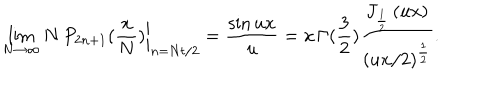
\lim _ { N \rightarrow \infty } \left. N \, P _ { 2 n + 1 } ( \frac { x } { N } ) \right| _ { n = N t / 2 } = \frac { \sin u x } { u } = x \, \Gamma ( \frac 3 2 ) \frac { J _ { \frac 1 2 } \left( u x \right) } { \left( u x / 2 \right) ^ { \frac 1 2 } } .